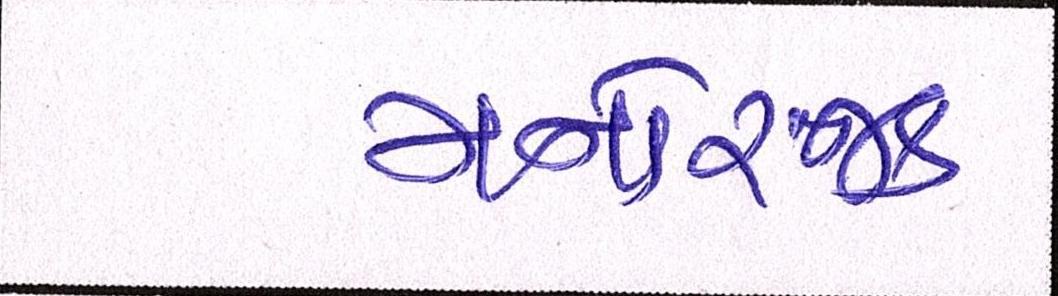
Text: મનોરંજક